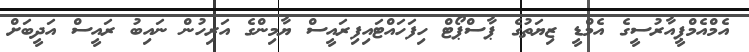
އެމްއެމްޕީއާރުސީގެ އެމްޑީ ޒިޔަތުގެ ޕާސްޕޯޓް ހިފަހައްޓައިފިރައީސް ޔާމިންގެ އަރިހުން ނައިބު ރައީސް އަދީބަށް